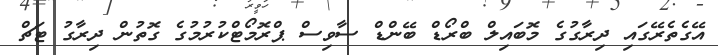
އޭގެތެރޭގައި ދިރާގުގެ މޮބައިލް ބްރޯޑް ބޭންޑް ސާވިސް ޕްރޮމޯޓްކުރުމުގެ ގޮތުން ދިރާގު ޓަޗް